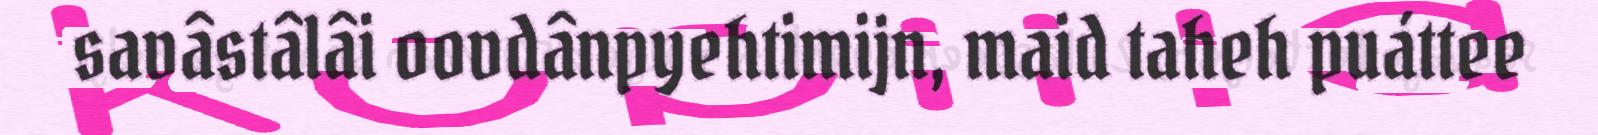
savâstâlâi oovdânpyehtimijn, maid taheh puáttee